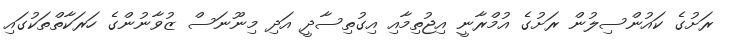
ރަށުގެ ކައުންސިލުން ރަށުގެ އުމްރާނީ އިޖުތިމާއި އިގުތިސާދީ އަދި މިނޫނަސް ޒުވާނުންގެ ހަރަކާތްތަކުގައި